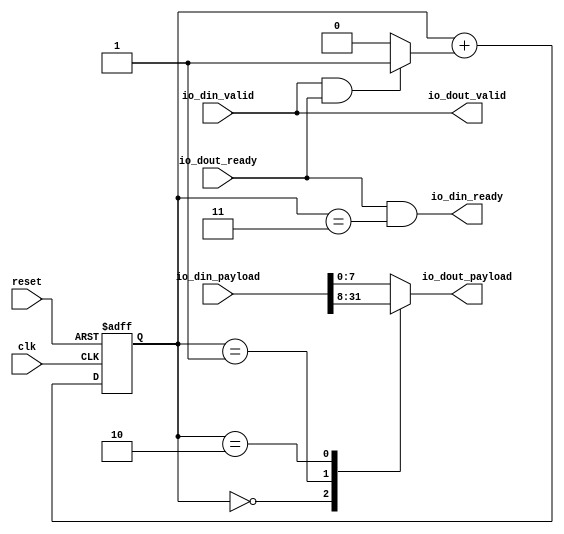
// Generator : SpinalHDL v1.7.2    git head : 08fc866bebdc40c471ebe327bface63e34406489
// Component : StreamWidthAdapter_1
// Git hash  : 23d564a3e9d4d768c2cb1641ec7dc2becc0d2602

`timescale 1ns/1ps

module StreamWidthAdapter_1 (
  input               io_din_valid,
  output              io_din_ready,
  input      [31:0]   io_din_payload,
  output              io_dout_valid,
  input               io_dout_ready,
  output     [7:0]    io_dout_payload,
  input               clk,
  input               reset
);

  wire       [1:0]    _zz__zz_io_din_ready_1;
  wire       [0:0]    _zz__zz_io_din_ready_1_1;
  wire       [31:0]   _zz__zz_io_dout_payload;
  reg        [7:0]    _zz_io_dout_payload_1;
  wire                io_dout_fire;
  reg                 _zz_io_din_ready;
  reg        [1:0]    _zz_io_din_ready_1;
  reg        [1:0]    _zz_io_din_ready_2;
  wire                _zz_io_din_ready_3;
  wire       [31:0]   _zz_io_dout_payload;

  assign _zz__zz_io_din_ready_1_1 = _zz_io_din_ready;
  assign _zz__zz_io_din_ready_1 = {1'd0, _zz__zz_io_din_ready_1_1};
  assign _zz__zz_io_dout_payload = io_din_payload;
  always @(*) begin
    case(_zz_io_din_ready_2)
      2'b00 : _zz_io_dout_payload_1 = _zz_io_dout_payload[31 : 24];
      2'b01 : _zz_io_dout_payload_1 = _zz_io_dout_payload[23 : 16];
      2'b10 : _zz_io_dout_payload_1 = _zz_io_dout_payload[15 : 8];
      default : _zz_io_dout_payload_1 = _zz_io_dout_payload[7 : 0];
    endcase
  end

  assign io_dout_fire = (io_dout_valid && io_dout_ready);
  always @(*) begin
    _zz_io_din_ready = 1'b0;
    if(io_dout_fire) begin
      _zz_io_din_ready = 1'b1;
    end
  end

  assign _zz_io_din_ready_3 = (_zz_io_din_ready_2 == 2'b11);
  always @(*) begin
    _zz_io_din_ready_1 = (_zz_io_din_ready_2 + _zz__zz_io_din_ready_1);
    if(1'b0) begin
      _zz_io_din_ready_1 = 2'b00;
    end
  end

  assign io_dout_valid = io_din_valid;
  assign _zz_io_dout_payload = _zz__zz_io_dout_payload;
  assign io_dout_payload = _zz_io_dout_payload_1;
  assign io_din_ready = (io_dout_ready && _zz_io_din_ready_3);
  always @(posedge clk or posedge reset) begin
    if(reset) begin
      _zz_io_din_ready_2 <= 2'b00;
    end else begin
      _zz_io_din_ready_2 <= _zz_io_din_ready_1;
    end
  end


endmodule